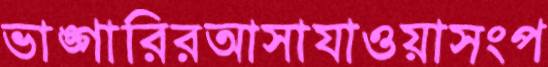
ভাঙ্গারিরআসাযাওয়াসংপ